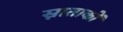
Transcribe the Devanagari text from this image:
स्नाताकों